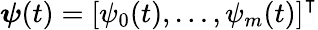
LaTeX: \boldsymbol{\psi}(t)=\left[\psi_{0}(t),\ldots,\psi_{m}(t)\right]^{\intercal}